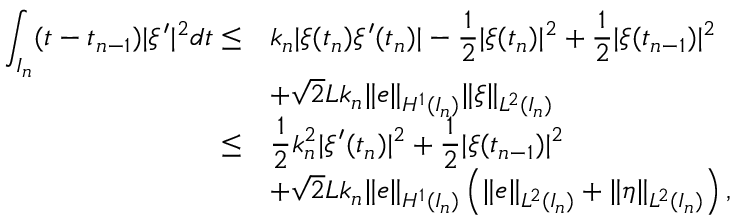
\begin{array} { r } { \begin{array} { r l } { \displaystyle \int _ { I _ { n } } ( t - t _ { n - 1 } ) | \xi ^ { \prime } | ^ { 2 } d t \leq } & { k _ { n } | \xi ( t _ { n } ) \xi ^ { \prime } ( t _ { n } ) | - \displaystyle \frac { 1 } { 2 } | \xi ( t _ { n } ) | ^ { 2 } + \displaystyle \frac { 1 } { 2 } | \xi ( t _ { n - 1 } ) | ^ { 2 } } \\ & { + \sqrt { 2 } L k _ { n } \| e \| _ { H ^ { 1 } ( I _ { n } ) } \| \xi \| _ { L ^ { 2 } ( I _ { n } ) } } \\ { \leq } & { \displaystyle \frac { 1 } { 2 } k _ { n } ^ { 2 } | \xi ^ { \prime } ( t _ { n } ) | ^ { 2 } + \displaystyle \frac { 1 } { 2 } | \xi ( t _ { n - 1 } ) | ^ { 2 } } \\ & { + \sqrt { 2 } L k _ { n } \| e \| _ { H ^ { 1 } ( I _ { n } ) } \left( \| e \| _ { L ^ { 2 } ( I _ { n } ) } + \| \eta \| _ { L ^ { 2 } ( I _ { n } ) } \right) , } \end{array} } \end{array}